Document type: Grant
Year: 1403
Scribe: Berenguer Pedrosell
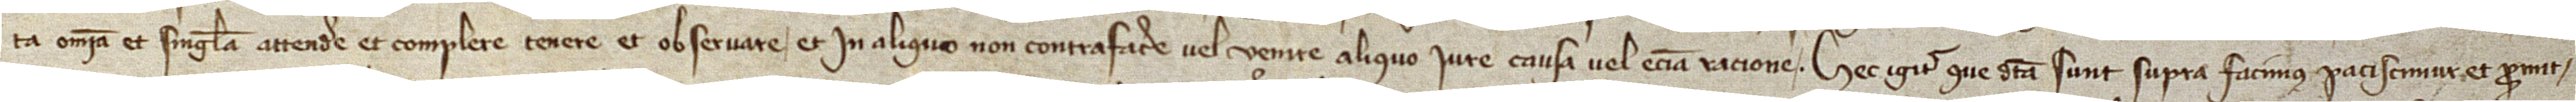
ta omnia et singula attendere et complere, tenere et observare et in aliquo non contrafacere vel venire aliquo iure, causa vel etiam racione. Hec igitur que dicta sunt supra facimus, paciscimur et promit-